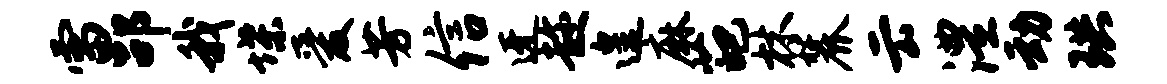
雷劭我堞爱芳信迓趁遑麻葩林麓云澧动珙